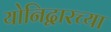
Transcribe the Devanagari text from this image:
योनिद्वारच्या